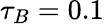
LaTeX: \tau_{B}=0.1